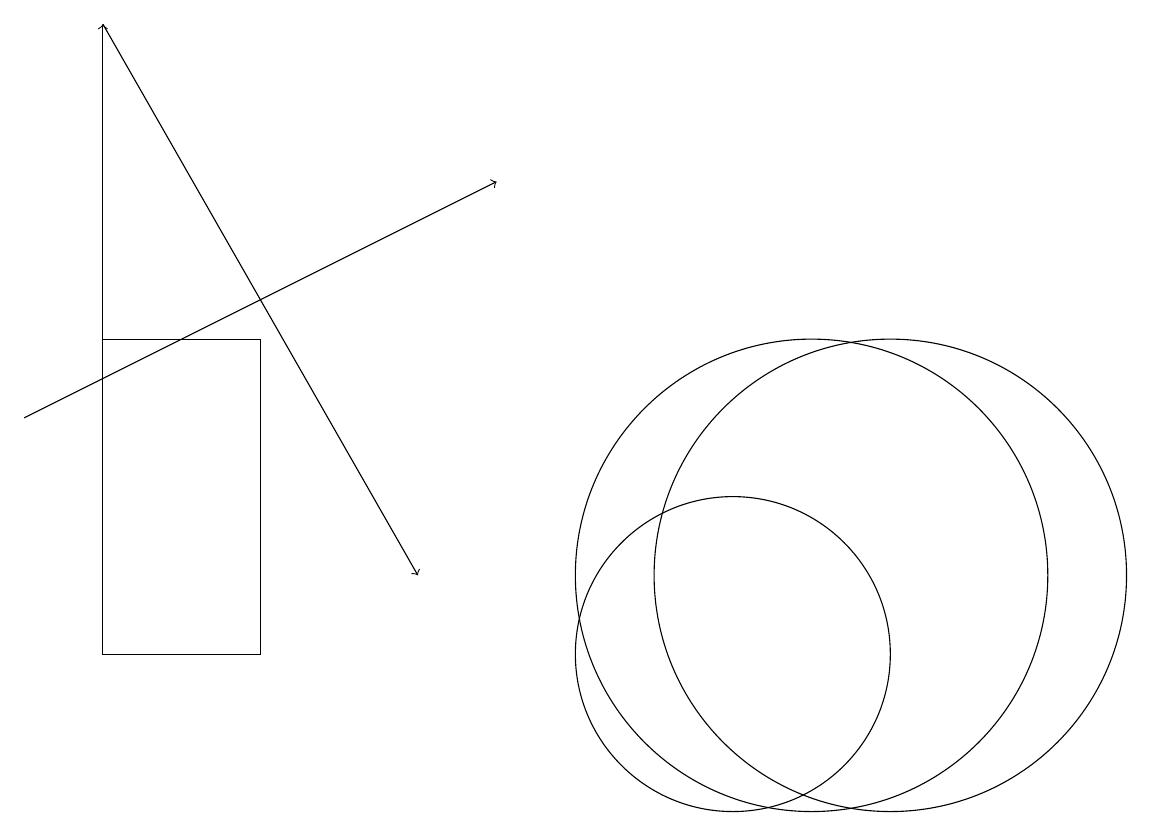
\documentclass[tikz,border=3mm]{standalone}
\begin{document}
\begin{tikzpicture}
\draw (10,10) circle (2);
\draw (12,11) circle (3);
\draw[->] (2,18) -- (6,11);
\draw[->] (1,13) -- (7,16);
\draw (4,10) rectangle (2,14);
\draw[->] (2,14) -- (2,18);
\draw (11,11) circle (3);
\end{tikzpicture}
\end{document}